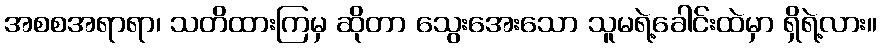
အစစအရာရာ၊ သတိထားကြမှ ဆိုတာ သွေးအေးသော သူမရဲ့ခေါင်းထဲမှာ ရှိရဲ့လား။